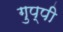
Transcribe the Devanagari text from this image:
गुप्पी